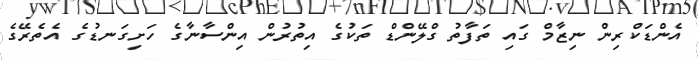
އެންޑަކްރިން ނިޒާމް ގައި ތަފާތު ގްލޭންޑް ތަކުގެ އިތުރުން އިންސާނާގެ ހަށިގަނޑުގެ އެތެރޭގެ